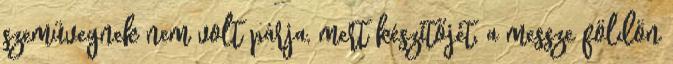
szemüvegnek nem volt párja, mert készítőjét, a messze földön